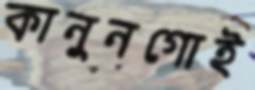
কানুনগোই